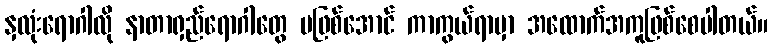
နှလုံးရောဂါလို နာတာရှည်ရောဂါတွေ မဖြစ်အောင် ကာကွယ်ရာမှာ အထောက်အကူဖြစ်စေပါတယ်။